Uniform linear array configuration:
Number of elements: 64
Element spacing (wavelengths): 0.5
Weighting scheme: hamming
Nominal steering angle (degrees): -45
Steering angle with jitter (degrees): -46.164
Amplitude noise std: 0.05
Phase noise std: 0.05

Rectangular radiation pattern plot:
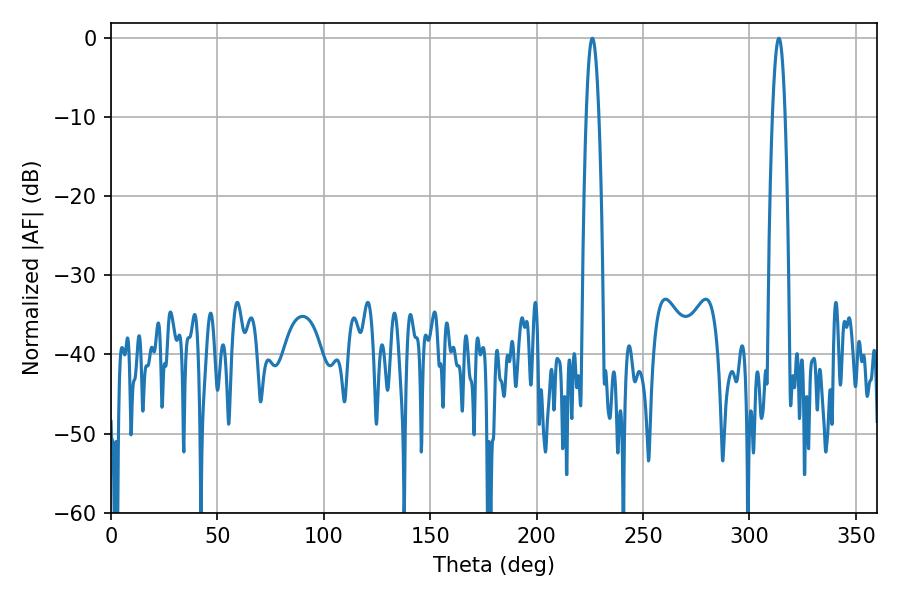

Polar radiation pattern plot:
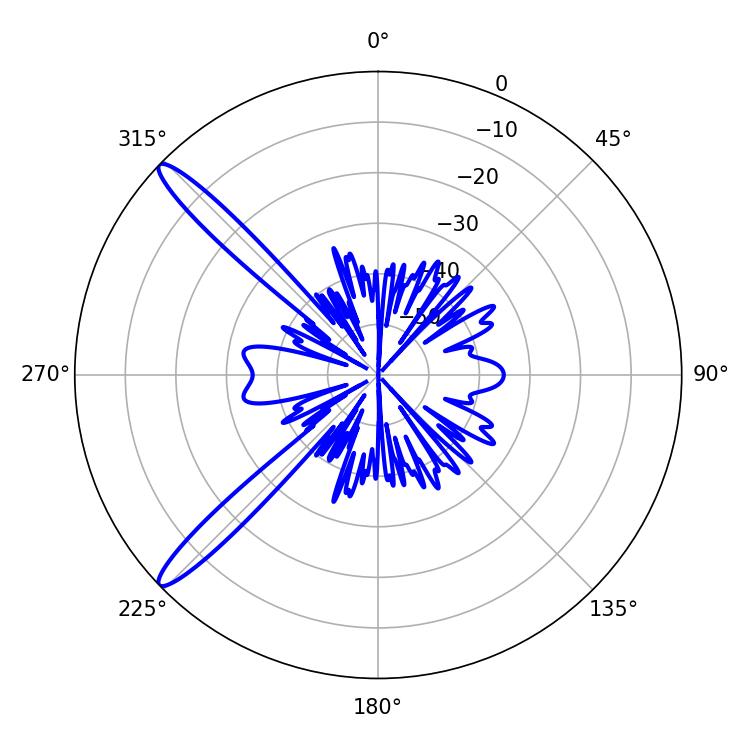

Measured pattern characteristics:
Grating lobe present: FALSE
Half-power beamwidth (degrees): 3.24
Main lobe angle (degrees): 313.74